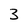
Character: 3